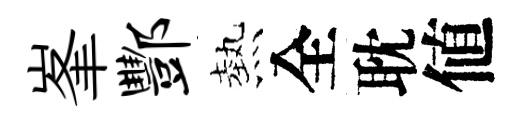
峯酆熱全耽値